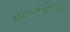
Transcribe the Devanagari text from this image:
सायकलोक्सीजेनसेस